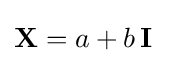
\mathbf {X} =a+b\,\mathbf {I} \;